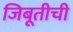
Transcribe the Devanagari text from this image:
जिबूतीची